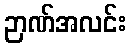
ဉာဏ်အလင်း